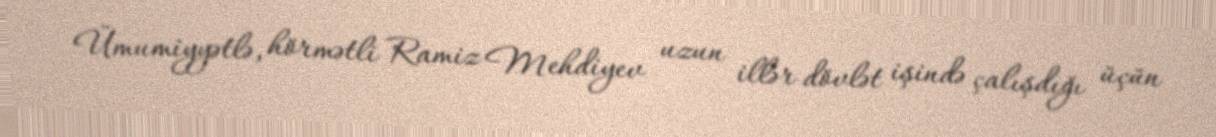
Ümumiyyətlə, hörmətli Ramiz Mehdiyev uzun illər dövlət işində çalışdığı üçün